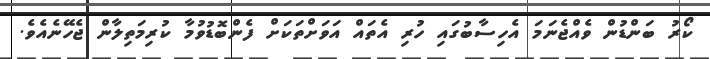
ކޯރު ބަންޑުން ވެއްޖެނަމަ އެހިސާބުގައި ހުރި އެތައް އަވަށްތަކަށް ފެންބޮޑުވުމާ ކުރިމަތިލާން ޖެހޭނެއެވެ.